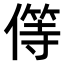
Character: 𠎬